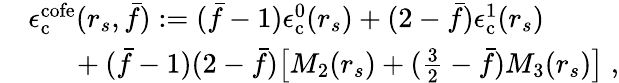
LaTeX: \begin{array}{rl}&{\epsilon_{\mathrm{c}}^{\mathrm{cofe}}(r_{s},\bar{f}):=(\bar{f}-1)\epsilon_{\mathrm{c}}^{0}(r_{s})+(2-\bar{f})\epsilon_{\mathrm{c}}^{1}(r_{s})}\\ &{~~~~~~+(\bar{f}-1)(2-\bar{f})\big[M_{2}(r_{s})+(\frac 32-\bar{f})M_{3}(r_{s})\big]\; ,}\end{array}